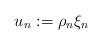
LaTeX: \begin{align*}u_n:=\rho_{n}\xi_{n}\end{align*}